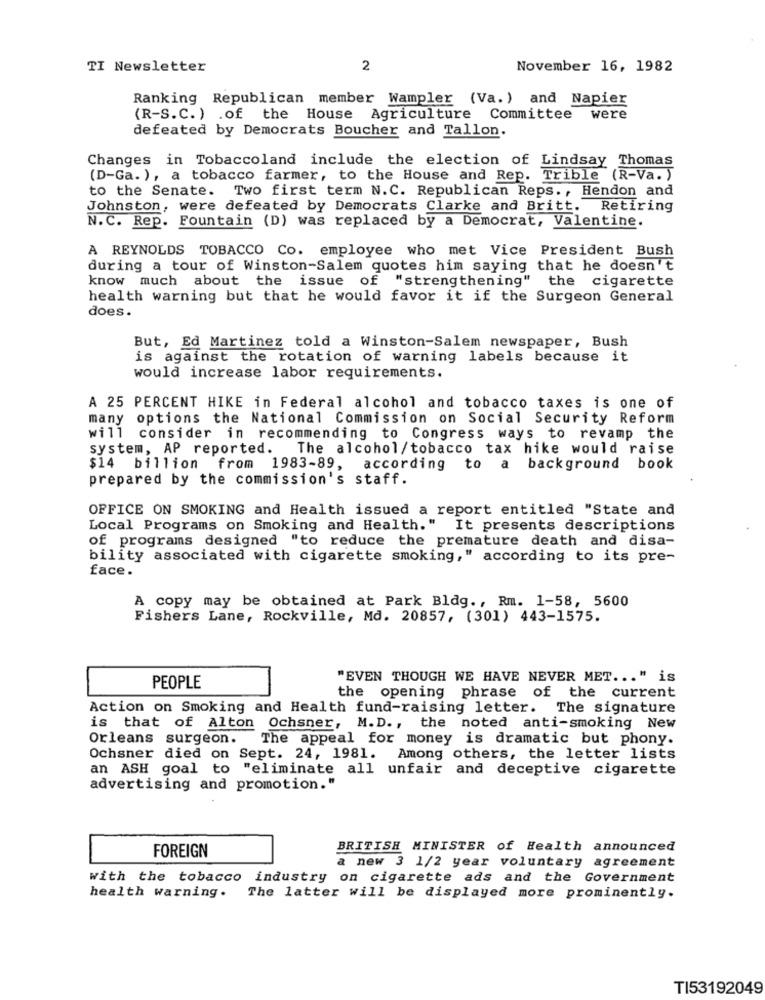
TI Newsletter
2
November 16, 1982
Ranking Republican member Wampler (Va.) and Napier
(R-S.C.) .of the House Agriculture Committee
were
defeated by Democrats Boucher and Tallon.
Changes in Tobaccoland include the election of Lindsay Thomas
(D-Ga. ), a tobacco farmer, to the House and Rep. Trible (R-Va. )
to the Senate. Two first term N.C. Republican Reps ., Hendon and
Johnston, were defeated by Democrats Clarke and Britt.
Retiring
N.C. Rep. Fountain (D) was replaced by a Democrat, Valentine.
A REYNOLDS TOBACCO Co. employee who met Vice President Bush
during a tour of Winston-Salem quotes him saying that he doesn't
know much about the issue of "strengthening" the cigarette
health warning but that he would favor it if the Surgeon General
does .
But, Ed Martinez told a Winston-Salem newspaper, Bush
is against the rotation of warning labels because it
would increase labor requirements.
A 25 PERCENT HIKE in Federal alcohol and tobacco taxes is one of
many
options the National Commission on Social Security Reform
will
consider in recommending to Congress ways to revamp the
system, AP reported. The alcohol/tobacco tax hike would raise
$14 billion from 1983-89, according to a background book
prepared by the commission's staff.
OFFICE ON SMOKING and Health issued a report entitled "State and
Local Programs on Smoking and Health." It presents descriptions
of programs designed "to reduce the premature death and disa-
bility associated with cigarette smoking," according to its pre-
face.
A copy may be obtained at Park Bldg ., Rm. 1-58, 5600
Fishers Lane, Rockville, Md. 20857, (301) 443-1575.
"EVEN THOUGH WE HAVE NEVER MET ... " is
PEOPLE
the opening phrase of the current
Action on Smoking and Health fund-raising letter. The signature
is that of Alton Ochsner, M.D ., the noted anti-smoking New
Orleans surgeon.
The appeal for money is dramatic but phony.
Ochsner died on Sept. 24, 1981. Among others, the letter lists
an ASH goal to "eliminate all unfair and deceptive cigarette
advertising and promotion."
BRITISH MINISTER of Health announced
FOREIGN
a new 3 1/2 year voluntary agreement
with the tobacco industry on cigarette ads and the Government
health warning. The latter will be displayed more prominently.
TI53192049